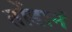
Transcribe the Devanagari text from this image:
तोंडानं